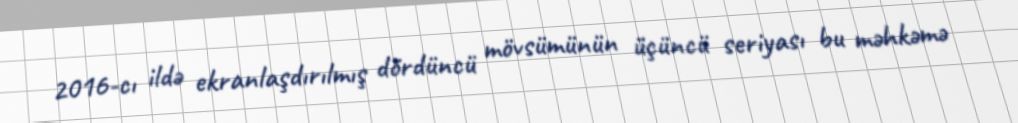
2016-cı ildə ekranlaşdırılmış dördüncü mövsümünün üçüncü seriyası bu məhkəmə